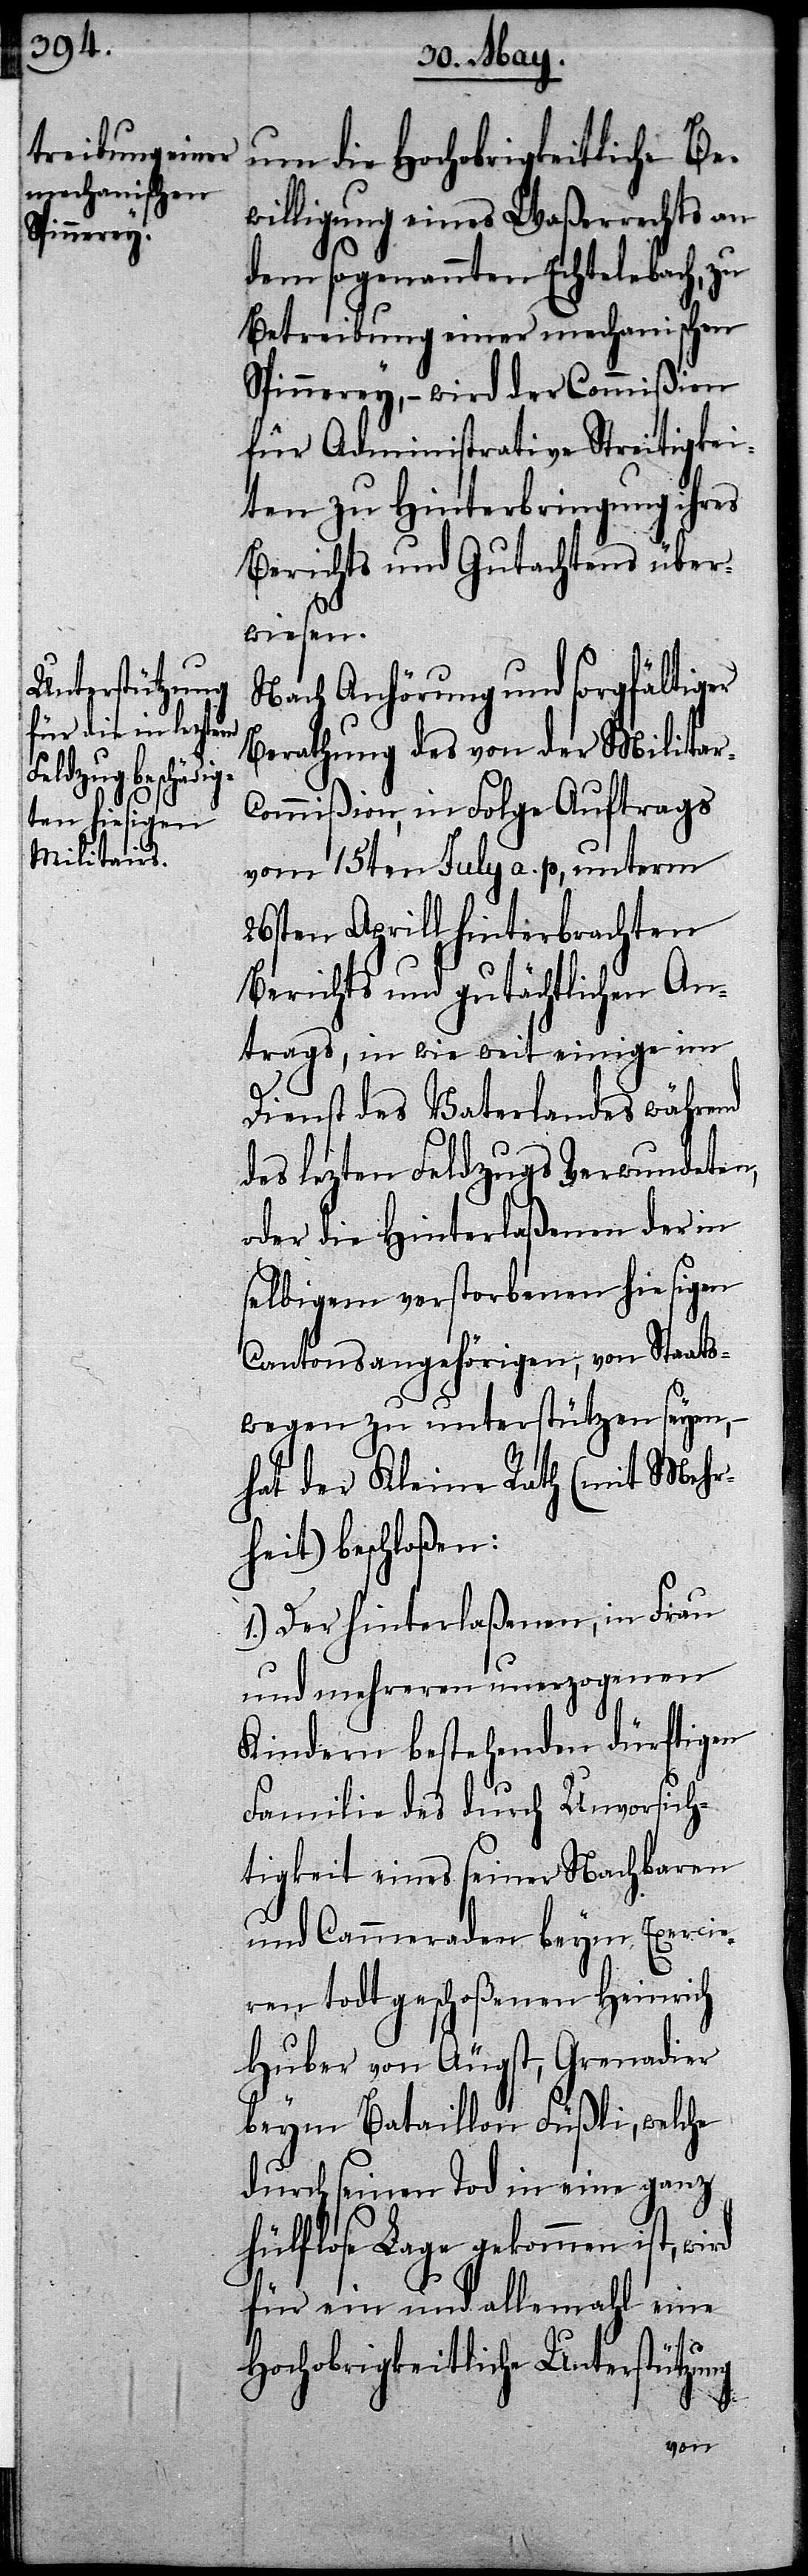
um die Hochobrigkeitliche Be¬
willigung eines Waßerrechts an
dem sogenannten Echtelebach, zu
Betreibung einer mechanischen
Spinnerey, – wird der Commißion
für Administrative Streitigkei¬
ten zu Hinterbringung ihres
Berichts und Gutachtens über¬
wiesen.
Nach Anhörung und sorgfältiger
Berathung des von der Milita¬
ommißion, in Folge Auftrags
vom 15ten July a. p, unterm
26sten Aprill hinterbrachten
Berichts und gutächtlichen An¬
trags, in wie weit einige im
Dienst des Vaterlandes während
des lezten Feldzugs Verwundeten,
oder die Hinterlaßenen der in
selbigem verstorbenen hiesigen
Cantonsangehörigen, von Staats¬
wegen zu unterstützen seyen, –
hat der Kleine Rath (mit Mehr¬
heit) beschloßen:
1.) Der hinterlaßenen, in Frau
und mehreren unerzogenen
Kindern bestehenden dürftigen
Familie des durch Unvorsich¬
tigkeit eines seiner Nachbarn
und Cammeraden beym Exercie¬
ren todt geschoßenen Heinrich
Huber von Äugst, Grenadier
beym Bataillon Füßli, welche
durch seinen Tod in eine ganz
hülflose Lage gekommen ist,
für ein und allemahl eine
r-C¬
Hochobrigkeitliche Unterstützung